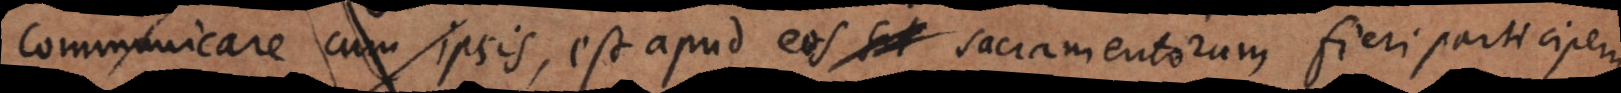
Communicare cum ipsis, est apud eos sacramentorum fieri participem.